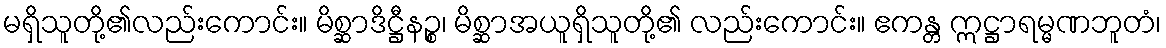
မရှိသူတို့၏လည်းကောင်း။ မိစ္ဆာဒိဋ္ဌီနဉ္စ၊ မိစ္ဆာအယူရှိသူတို့၏ လည်းကောင်း။ ဧကန္တ ဣဋ္ဌာရမ္မဏဘူတံ၊